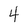
Character: 4